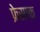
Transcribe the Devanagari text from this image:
फ्रेसाक